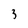
Character: 3